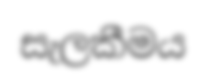
සැලකීමය